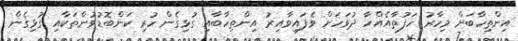
އިންތިހާބަށް މިހާރު ހަފުތާއެއްހާ ދުވަހަށް ވެފައިވާއިރު އިންތިހާބާއި ގުޅިގެން ހުރި ކަންބޮޑުވުންތަކާއި ގުޅިގެން